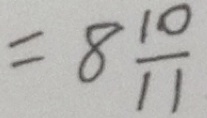
= 8 \frac { 1 0 } { 1 1 }